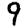
Digit: 9